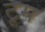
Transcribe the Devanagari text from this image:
टूम